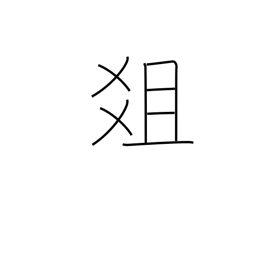
Meaning: altar of sacrifice